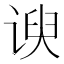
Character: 谀